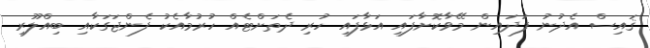
ޤައިސް އެދުނު ފަދައިން މޭވާކޮށާފައި އަޅާފައި ހުރި ދެތަށްޓެއް ހުރުމާއެކު ފެންޖަގަކާއި ބިއްލޫރި